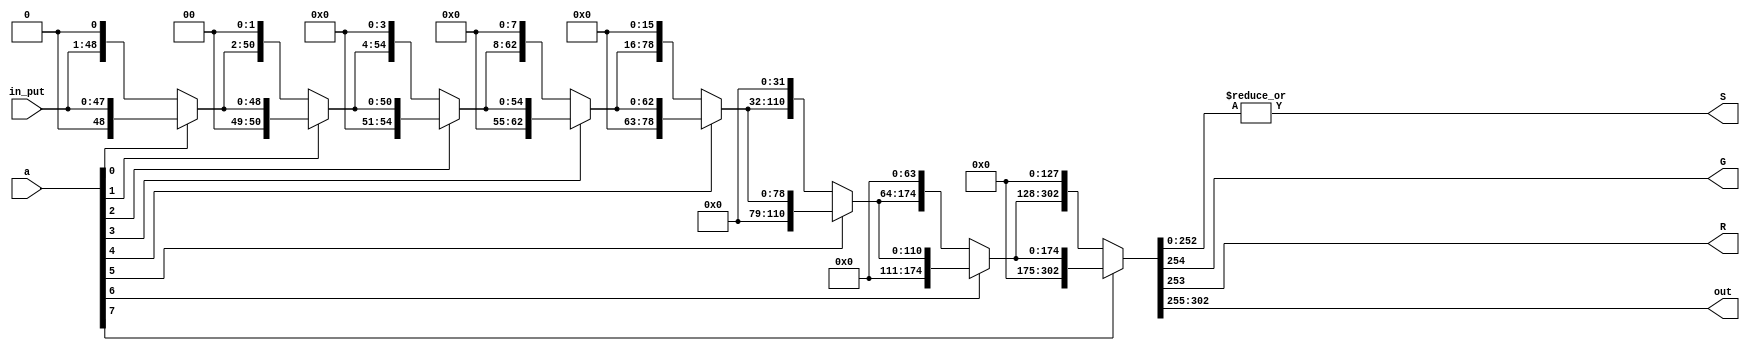
`timescale 1ns / 1ps
//////////////////////////////////////////////////////////////////////////////////
// Company: 
// Engineer: 
// 
// Design Name: 
// Module Name: align_sticky
// Project Name: 
// Target Devices: 
// Tool Versions: 
// Description: 
// 
// Dependencies: 
// 
// Revision:
// Revision 0.01 - File Created
// Additional Comments:
// 
//////////////////////////////////////////////////////////////////////////////////


`timescale 1ns / 1ps
module shifter_48b(a,in_put,G,R,S,out);
input [47:0]in_put;
input [7:0]a;
output [47:0]out;
output G,R,S;
wire [48:0]I0;
wire [50:0]I1;
wire [54:0]I2;
wire [62:0]I3;
wire [78:0]I4;
wire [110:0]I5;
wire [174:0]I6;
wire [302:0]I7;

assign I0= a[0]? {1'b0,in_put}:{in_put,1'b0};
assign I1= a[1]? {2'b0,I0}:{I0,2'b0};
assign I2= a[2]? {4'b0,I1}:{I1,4'b0};
assign I3= a[3]? {8'b0,I2}:{I2,8'b0};
assign I4= a[4]? {16'b0,I3}:{I3,16'b0};
assign I5= a[5]? {32'b0,I4}:{I4,32'b0};
assign I6= a[6]? {64'b0,I5}:{I5,64'b0};
assign I7= a[7]? {128'b0,I6}:{I6,128'b0};
assign  out=I7[302:255];
assign G=I7[254],R=I7[253],S=|I7[252:0];

endmodule